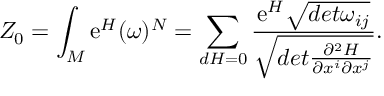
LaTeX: Z _ { 0 } = \int _ { M } \mathrm { e } ^ { H } ( \omega ) ^ { N } = \sum _ { d H = 0 } \frac { \mathrm { e } ^ { H } \sqrt { d e t \omega _ { i j } } } { \sqrt { d e t \frac { \partial ^ { 2 } H } { \partial x ^ { i } \partial x ^ { j } } } } .